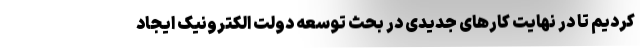
کردیم تا در نهایت کار‌های جدیدی در بحث توسعه دولت الکترونیک ایجاد